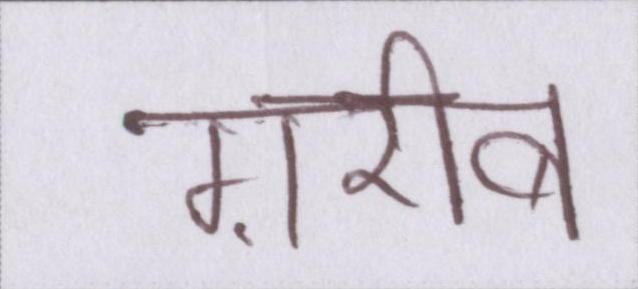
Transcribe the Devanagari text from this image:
ग़रीब